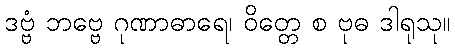
ဒဗ္ဗံ ဘဗ္ဗေ ဂုဏာဓာရေ၊ ဝိတ္တေ စ ဗုဓ ဒါရုသု။